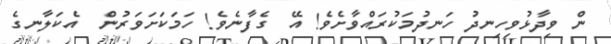
ން ވިދާޅުވިހިނދު ހަނދުމަކުރައްވާށެވެ! އޭ  ގެފާނެވެ! ހަމަކަށަވަރުން  އެކަލާނގެ